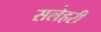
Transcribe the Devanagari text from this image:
सलेहरी